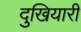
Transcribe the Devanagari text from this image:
दुखियारी